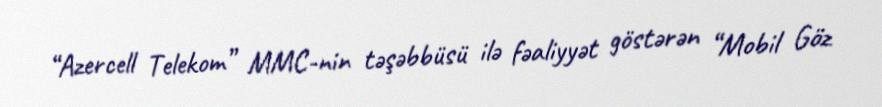
“Azercell Telekom” MMC-nin təşəbbüsü ilə fəaliyyət göstərən “Mobil Göz